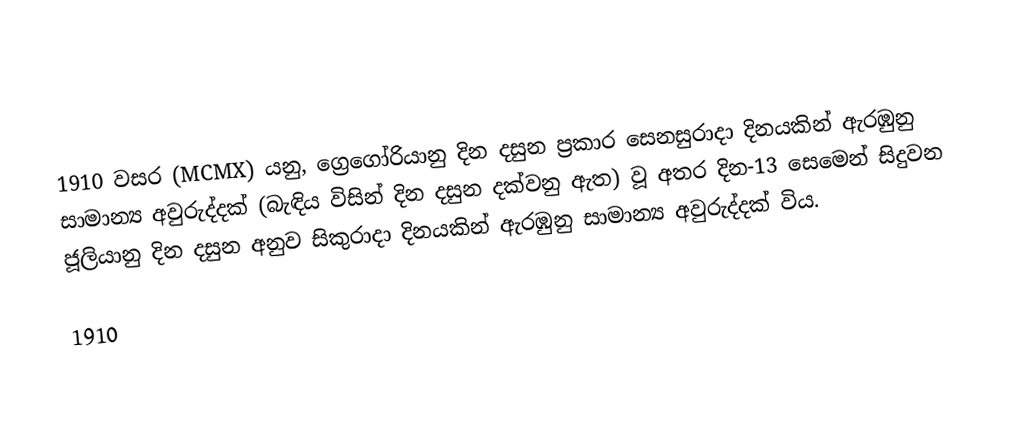

1910 වසර (MCMX) යනු, ග්‍රෙගෝරියානු දින දසුන ප්‍රකාර සෙනසුරාදා දිනයකින් ඇරඹුනු සාමාන්‍ය අවුරුද්දක් (බැඳිය විසින් දින දසුන දක්වනු ඇත) වූ අතර දින-13 සෙමෙන් සිදුවන  ජූලියානු දින දසුන අනුව සිකුරාදා දිනයකින් ඇරඹුනු සාමාන්‍ය අවුරුද්දක් විය.

1910